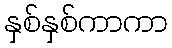
နှစ်နှစ်ကာကာ